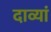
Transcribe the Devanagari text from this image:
दाव्यां